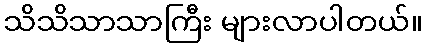
သိသိသာသာကြီး များလာပါတယ်။